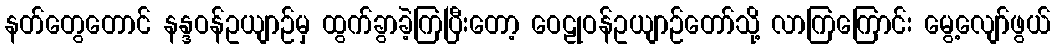
နတ်တွေတောင် နန္ဒဝန်ဥယျာဉ်မှ ထွက်ခွာခဲ့ကြပြီးတော့ ဝေဠုဝန်ဥယျာဉ်တော်သို့ လာကြကြောင်း မွေ့လျော်ဖွယ်